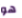
هو